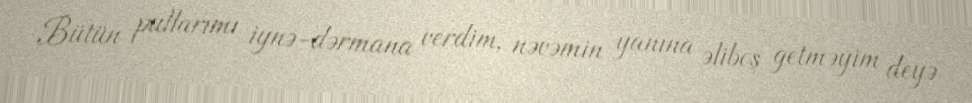
Bütün pullarımı iynə-dərmana verdim, nəvəmin yanına əliboş getməyim deyə